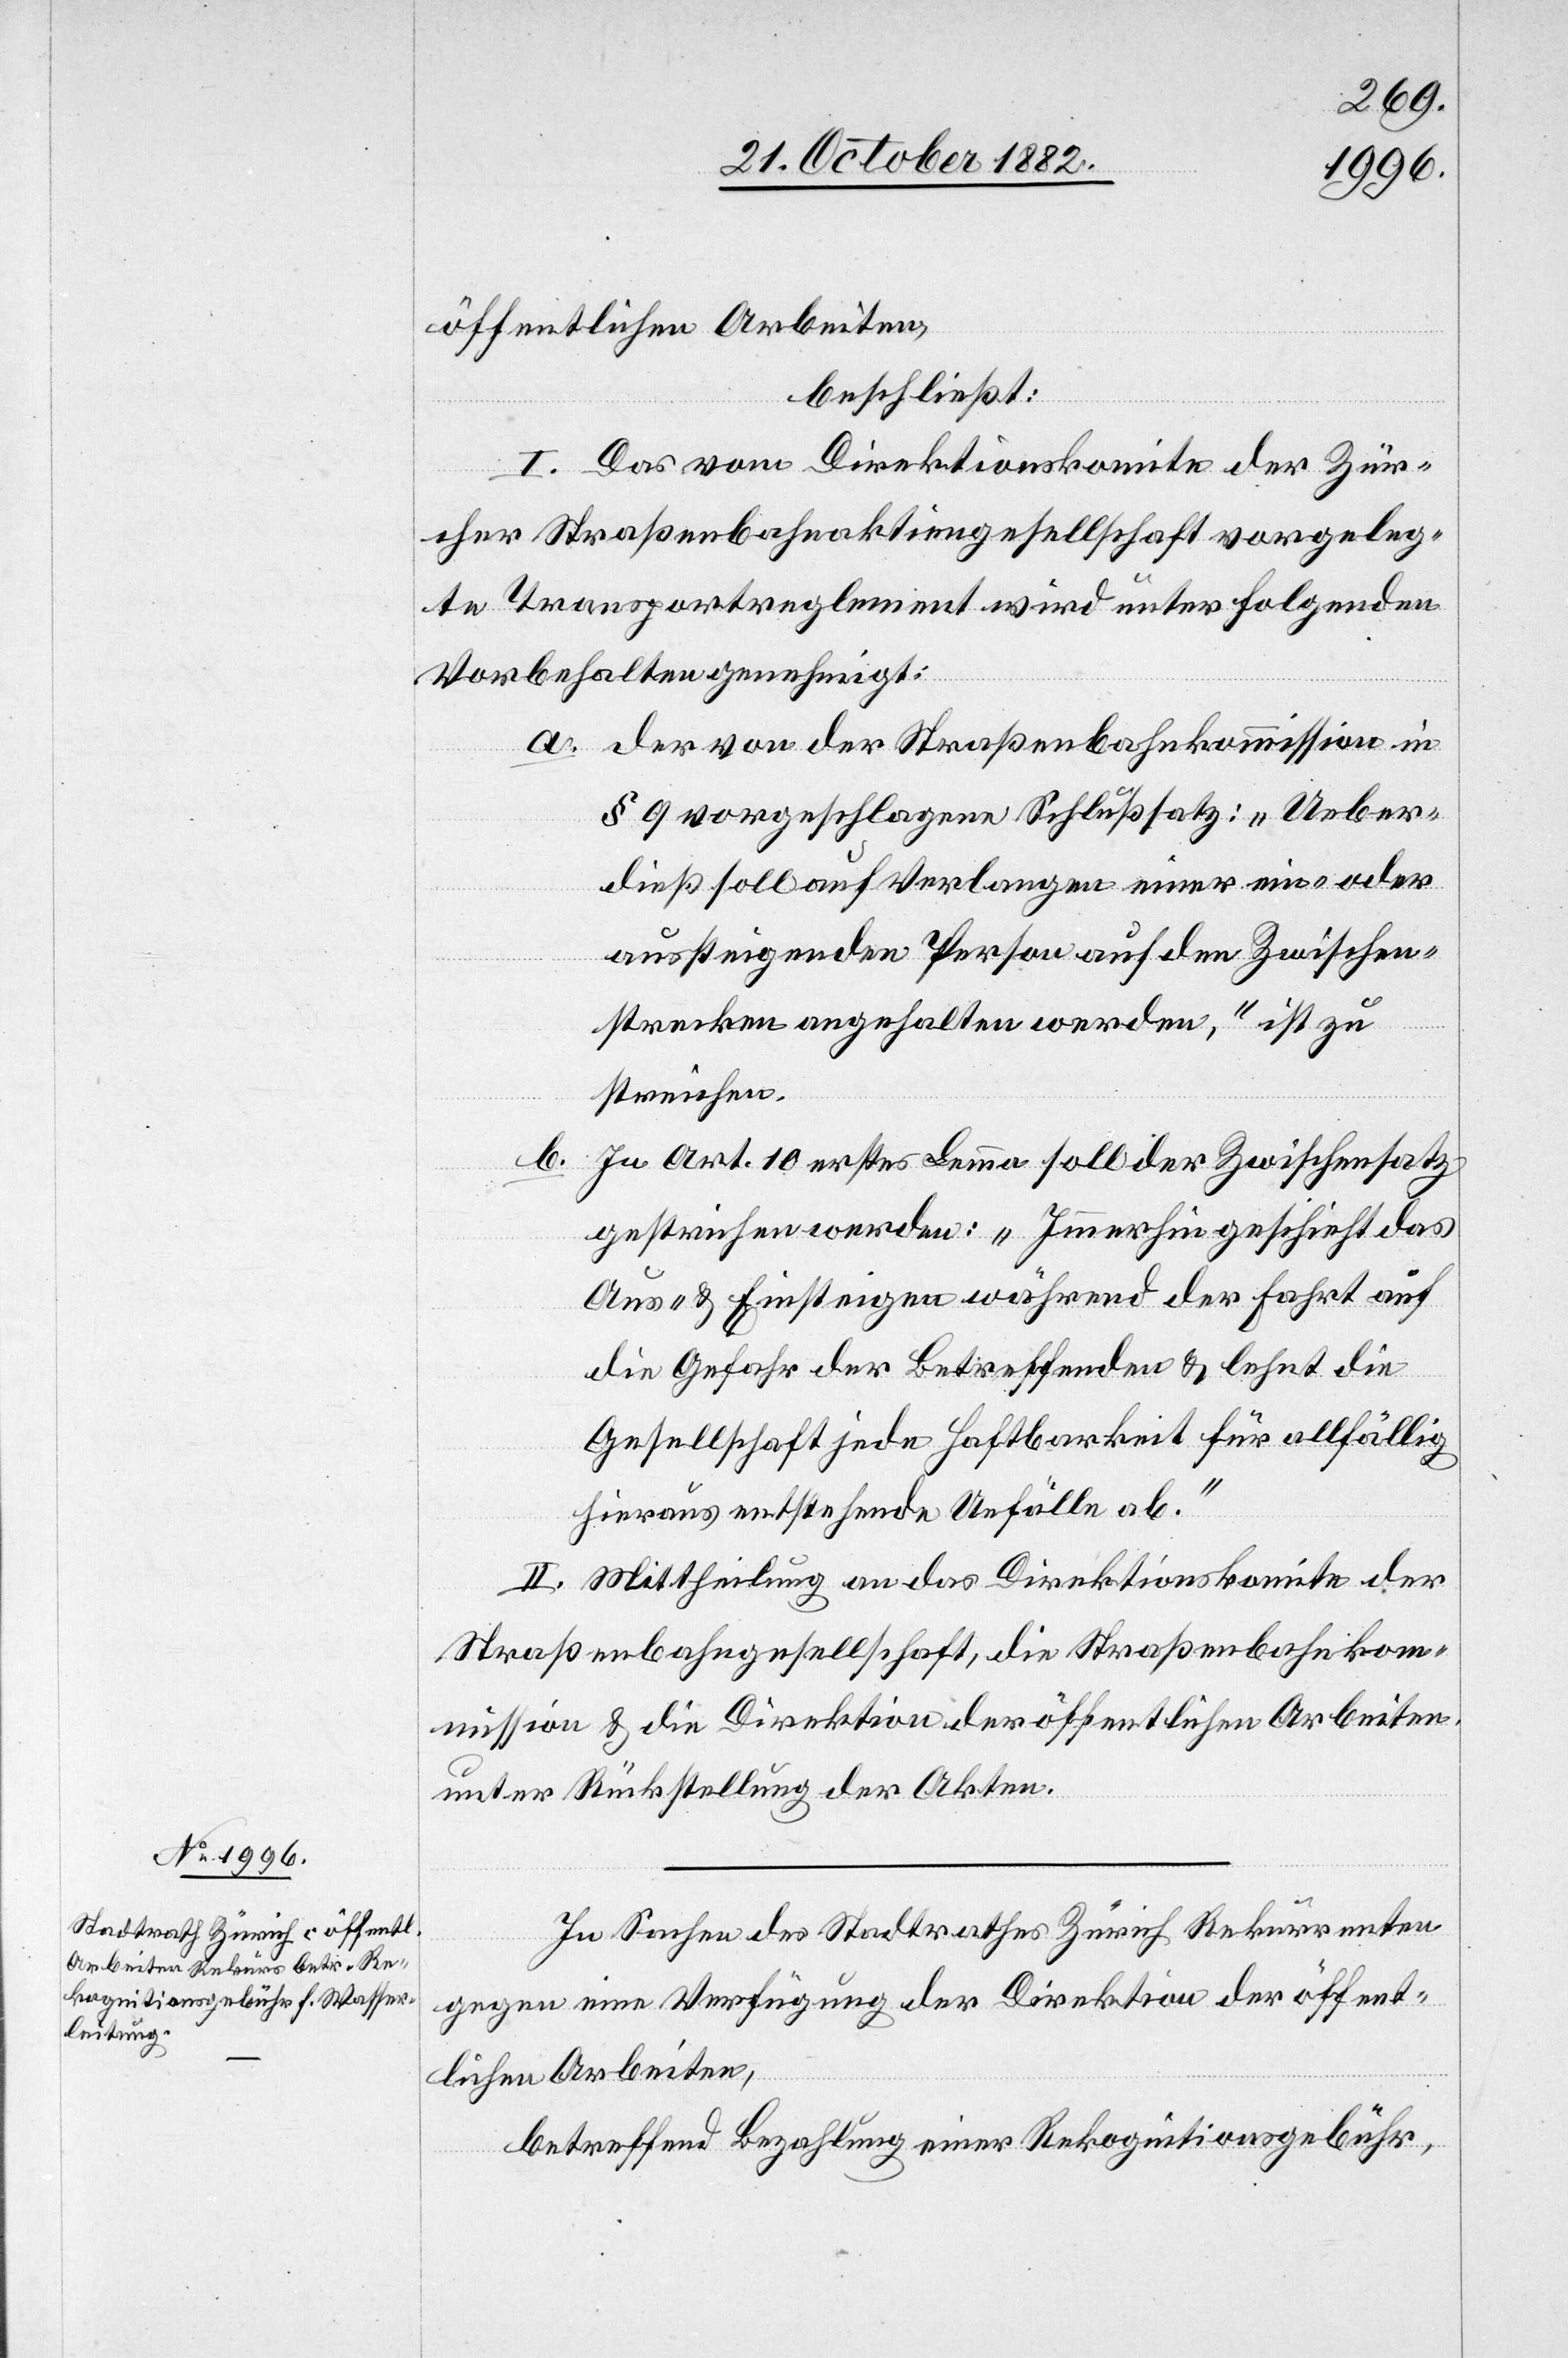
öffentlichen Arbeiten,
beschließt:
I. Das vom Direktionskomite der Zür¬
cher Straßenbahnaktiengesellschaft vorgeleg¬
te Transportreglement wird unter folgenden
Vorbehalten genehmigt:
a. der von der Straßenbahnkommission in
§ 9 vorgeschlagene Schlußsatz: „Ueber¬
dieß soll auf Verlangen einer ein- oder
aussteigenden Person auf den Zwischen¬
strecken angehalten werden,“ ist zu
streichen.
b.
In Art. 10 erstes Lemma soll der Zwischensatz
gestrichen werden: „Immerhin geschieht das
Aus- & Einsteigen während der Fahrt auf
die Gefahr der Betreffenden & lehnt die
Gesellschaft jede Haftbarkeit für allfällig
hieraus entstehende Unfälle ab.“
II. Mittheilung an das Direktionskomite der
Straßenbahngesellschaft, die Straßenbahnkom¬
mission & die Direktion der öffentlichen Arbeiten
unter Rückstellung der Akten.
In Sachen des Stadtrathes Zürich Rekurrenten
gegen eine Verfügung der Direktion der öffent¬
lichen Arbeiten,
betreffend Bezahlung einer Rekognitionsgebühr,